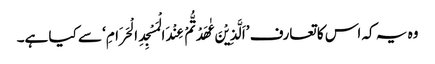
وہ یہ کہ اس کا تعارف ’اَلَّذِیْنَ عٰھَدْتُّمْ عِنْدَ الْمَسْجِدِ الْحَرَامِ‘ سے کیا ہے۔